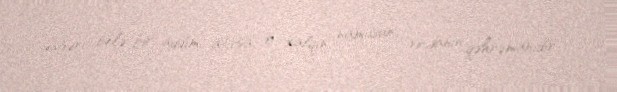
əsgəri belə bir addım atırsa, o, xalqın, namusun, vicdanın qəhrəmanıdır.